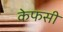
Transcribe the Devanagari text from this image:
केफसी